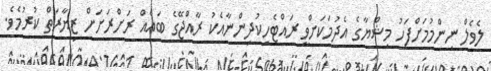
ލެވެލް ނިންމުމަށްފަހު މިޝްޔާގެ އެދުމަކަށްވީ ރައްޓެހިކުދިންނާއެކު ރާއްޖޭގެ ބައެއް ރަށްރަށަށް ޒިޔާރަތް ކުރުމެވެ.